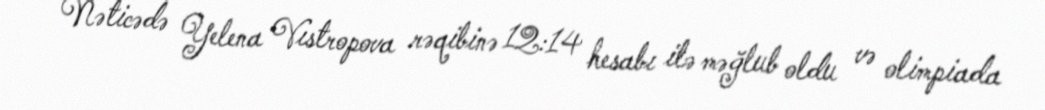
Nəticədə Yelena Vıstropova rəqibinə 12:14 hesabı ilə məğlub oldu və olimpiada